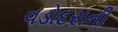
વડોદરાની